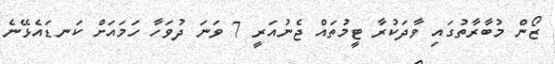
ޒޯން މުބާރާތުގައި ވާދަކުރާ ޓީމުތައް ޖެނުއަރީ 7 ވަނަ ދުވަހާ ހަމައަށް ކަނޑައެޅޭނެ